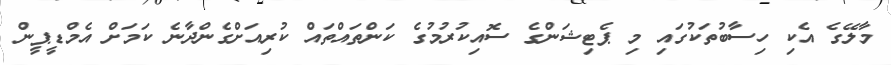
މާލޭގެ އެކި ހިސާބުތަކުގައި މި ޕެޓިޝަންގެ ސޮއިކުރުމުގެ ކަންތައްތައް ކުރިއަށްގެންދާނެ ކަމަށް އެމްޑީޕީން